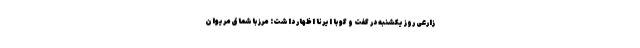
زارعی روز یکشنبه در گفت و گو با ایرنا اظهار داشت: مرز باشماق مریوان